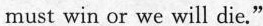
must win or we will die."